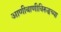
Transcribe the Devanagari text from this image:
आणीबाणीविरुद्धच्या